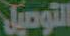
التوصيل